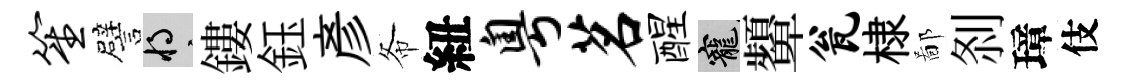
笙譬將鏤鈺彥𢁙紐粤茗醒寵顰瓮棣鄙𠛴璋伎